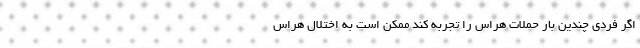
اگر فردی چندین بار حملات هراس را تجربه کند ممکن است به اختلال هراس